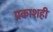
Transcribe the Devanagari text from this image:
प्रकाशही